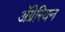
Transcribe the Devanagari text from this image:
ॲग्रेरियन